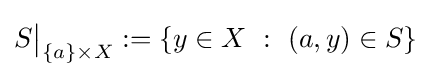
S{\big \vert }_{\{a\}\times X}:=\{y\in X~:~(a,y)\in S\}